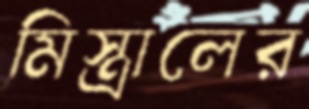
মিস্ত্রালের